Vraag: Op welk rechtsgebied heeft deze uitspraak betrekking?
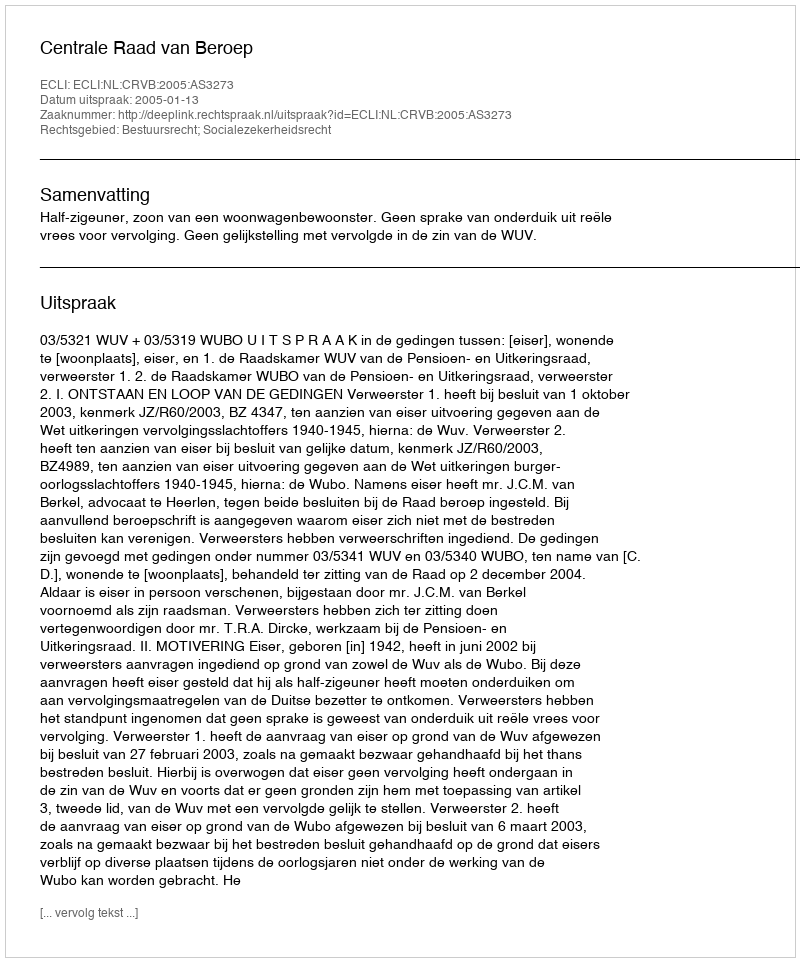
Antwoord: Bestuursrecht; Socialezekerheidsrecht